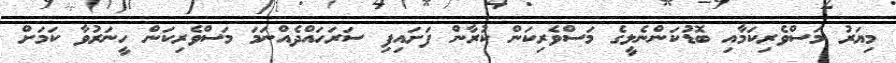
މިޔަރު މަސްވެރިކަމާއި ބޮޑުކަންނެލީގެ މަސްވެރިކަން ކުރާން ފަށައިފި ސަރަހައްދެއްނަމަ މަސްވެރިކަން ހީނަރުވާ ކަމަށް